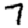
Digit: 7